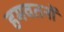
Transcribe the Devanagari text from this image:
हमवतनों